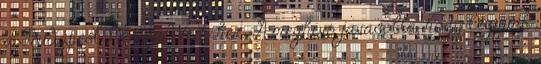
a Budapest Design Week-hez. A meghívó javasolta, hogy legyünk